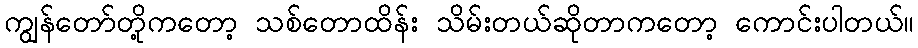
ကျွန်တော်တို့ကတော့ သစ်တောထိန်း သိမ်းတယ်ဆိုတာကတော့ ကောင်းပါတယ်။